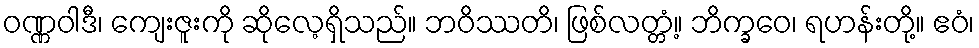
ဝဏ္ဏဝါဒီ၊ ကျေးဇူးကို ဆိုလေ့ရှိသည်။ ဘဝိဿတိ၊ ဖြစ်လတ္တံ့။ ဘိက္ခဝေ၊ ရဟန်းတို့။ ဧဝံ၊